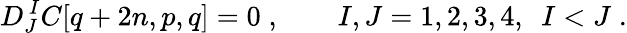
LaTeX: D_{J}^{\, I}C[q+2n,p,q]=0\; ,\qquad I,J=1,2,3,4,\ \ I<J\; .